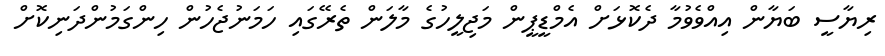
ރިޔާސީ ބަޔާން އިއްވެވުމާ ދެކޮޅަށް އެމްޑީޕީން މަޖިލީހުގެ މާލަން ތެރޭގައި ހަމަނުޖެހުން ހިންގަމުންދަނިކޮށް